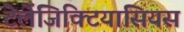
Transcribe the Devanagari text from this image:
टेलेंजिक्टियासियस